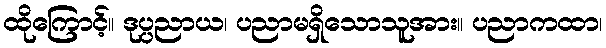
ထိုကြောင့်။ ဒုပ္ပညာယ၊ ပညာမရှိသောသူအား။ ပညာကထာ၊